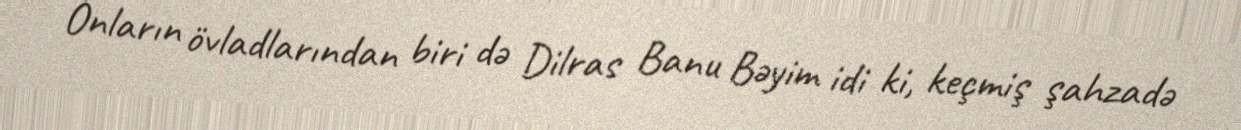
Onların övladlarından biri də Dilras Banu Bəyim idi ki, keçmiş şahzadə